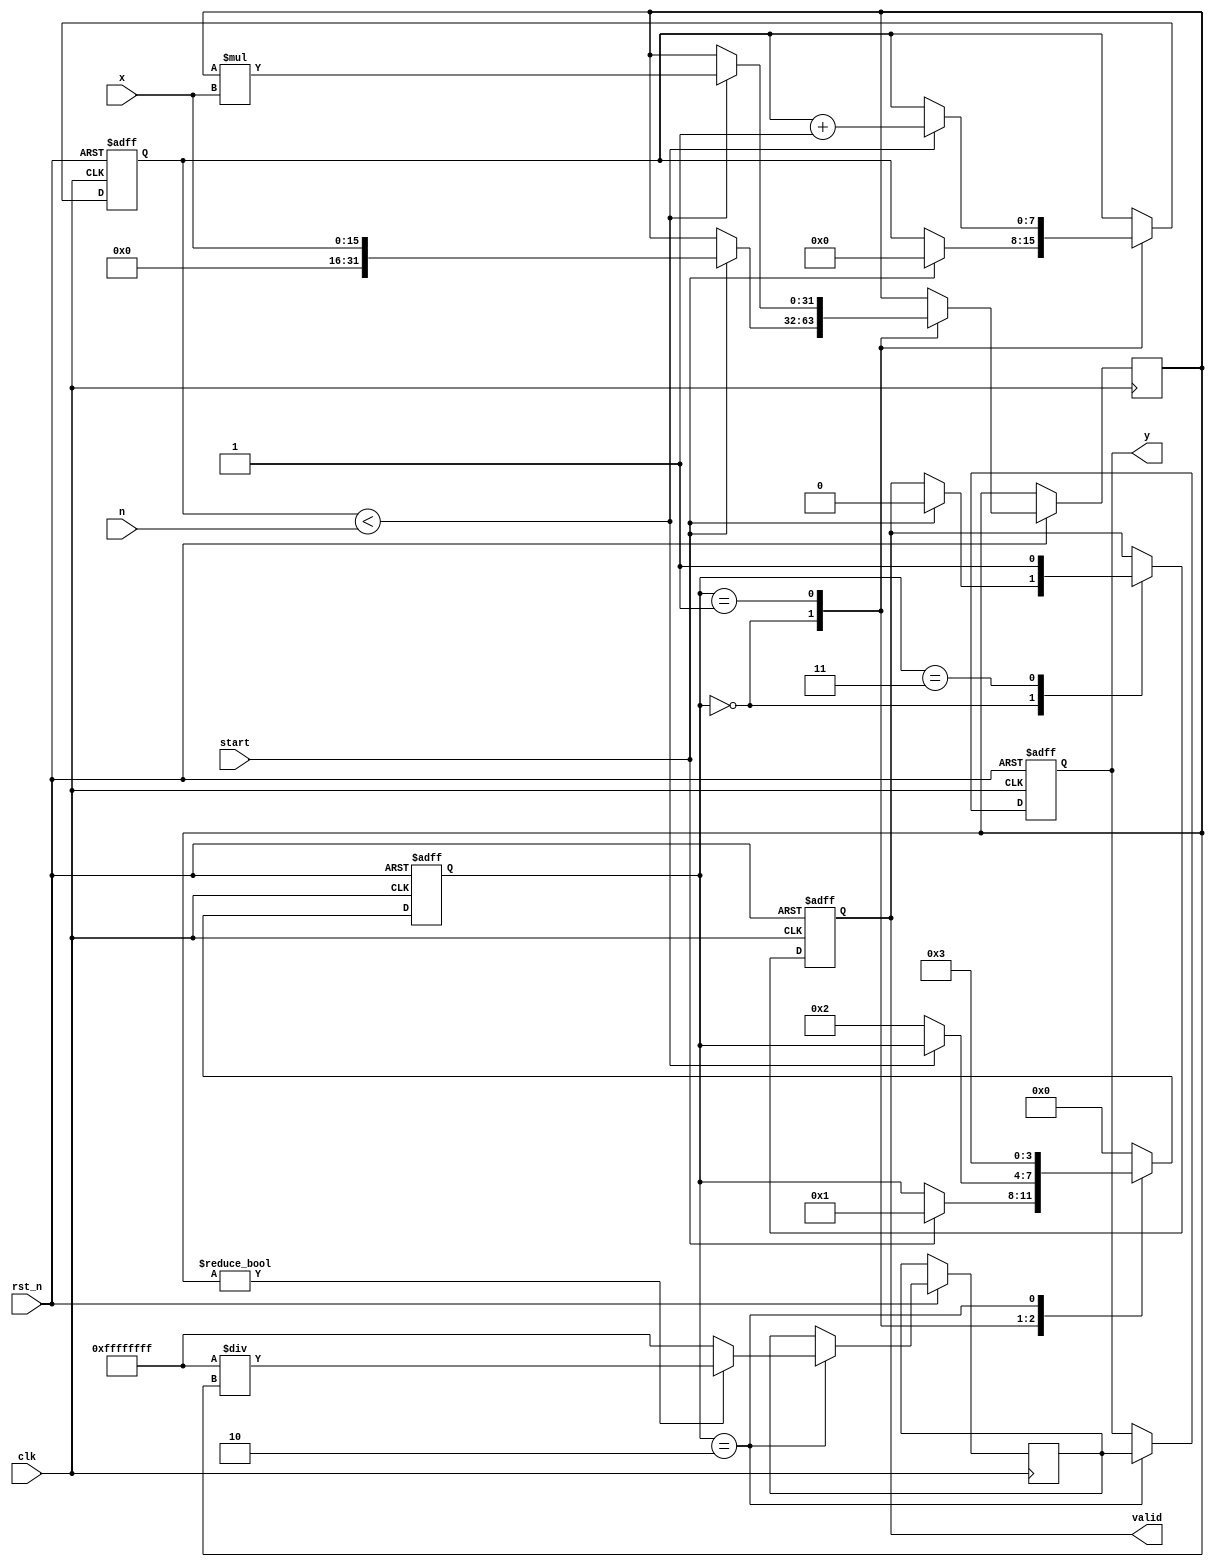
module fractional_order_reciprocal (
    input wire clk,              // Clock signal
    input wire rst_n,            // Active low reset
    input wire start,            // Start signal for the computation
    input wire [15:0] x,         // 16-bit input data (fixed-point)
    input wire [3:0] n,          // 4-bit fractional order (fixed-point)
    output reg [31:0] y,         // 32-bit output data (fixed-point)
    output reg valid              // Output valid signal
);

    // Internal signals
    reg [31:0] x_power;         // Internal signal for x^n
    reg [31:0] reciprocal;       // Internal signal for 1/x^n
    reg [3:0] state;             // State for FSM
    reg [7:0] counter;           // Counter for iterations (for iterative methods)

    // State Encoding
    localparam IDLE = 0;
    localparam CALC_POWER = 1;
    localparam CALC_RECIPROCAL = 2;
    localparam DONE = 3;

    // State Machine for processing
    always @(posedge clk or negedge rst_n) begin
        if (!rst_n) begin
            state <= IDLE;
            y <= 0;
            valid <= 0;
            counter <= 0;
        end else begin
            case (state)
                IDLE: begin
                    if (start) begin
                        state <= CALC_POWER;
                        valid <= 0;  // Output is not valid yet
                        x_power <= x; // Start the calculation with x
                        counter <= 0; // Reset counter for iterations
                    end
                end
                CALC_POWER: begin
                    // Calculate x^n by shifting/iterating
                    if (counter < n) begin
                        x_power <= x_power * x; // x^n computation
                        counter <= counter + 1;
                    end else begin
                        state <= CALC_RECIPROCAL;
                    end
                end
                CALC_RECIPROCAL: begin
                    // Calculate reciprocal: reciprocal = 1 / x_power
                    if (x_power != 0) begin
                        reciprocal <= 32'hFFFFFFFF / x_power; // Simple fixed-point division
                    end else begin
                        reciprocal <= 32'hFFFFFFFF; // Handle division by zero
                    end
                    y <= reciprocal; // Move result to output
                    state <= DONE;   // Proceed to done state
                end
                DONE: begin
                    valid <= 1;      // Mark output as valid
                    state <= IDLE;   // Return to IDLE
                end
                default: state <= IDLE; // Safety net
            endcase
        end
    end
endmodule